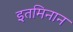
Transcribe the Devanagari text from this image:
इतमिनान